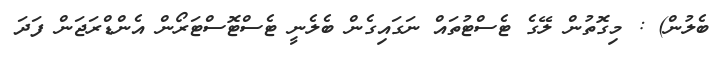
ބެލުން) : މިގޮތުން ލޭގެ ޓެސްޓުތައް ނަގައިގެން ބެލެނީ ޓެސްޓޮސްޓަރޯން އެންޑްރަޖަން ފަދަ